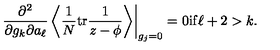
\left. \frac { \partial ^ { 2 } } { \partial g _ { k } \partial a _ { \ell } } \left\langle \frac 1 N \mathrm { t r } \frac { 1 } { z - \phi } \right\rangle \right| _ { g _ { j } = 0 } = 0 \mathrm { i f } \ell + 2 > k .